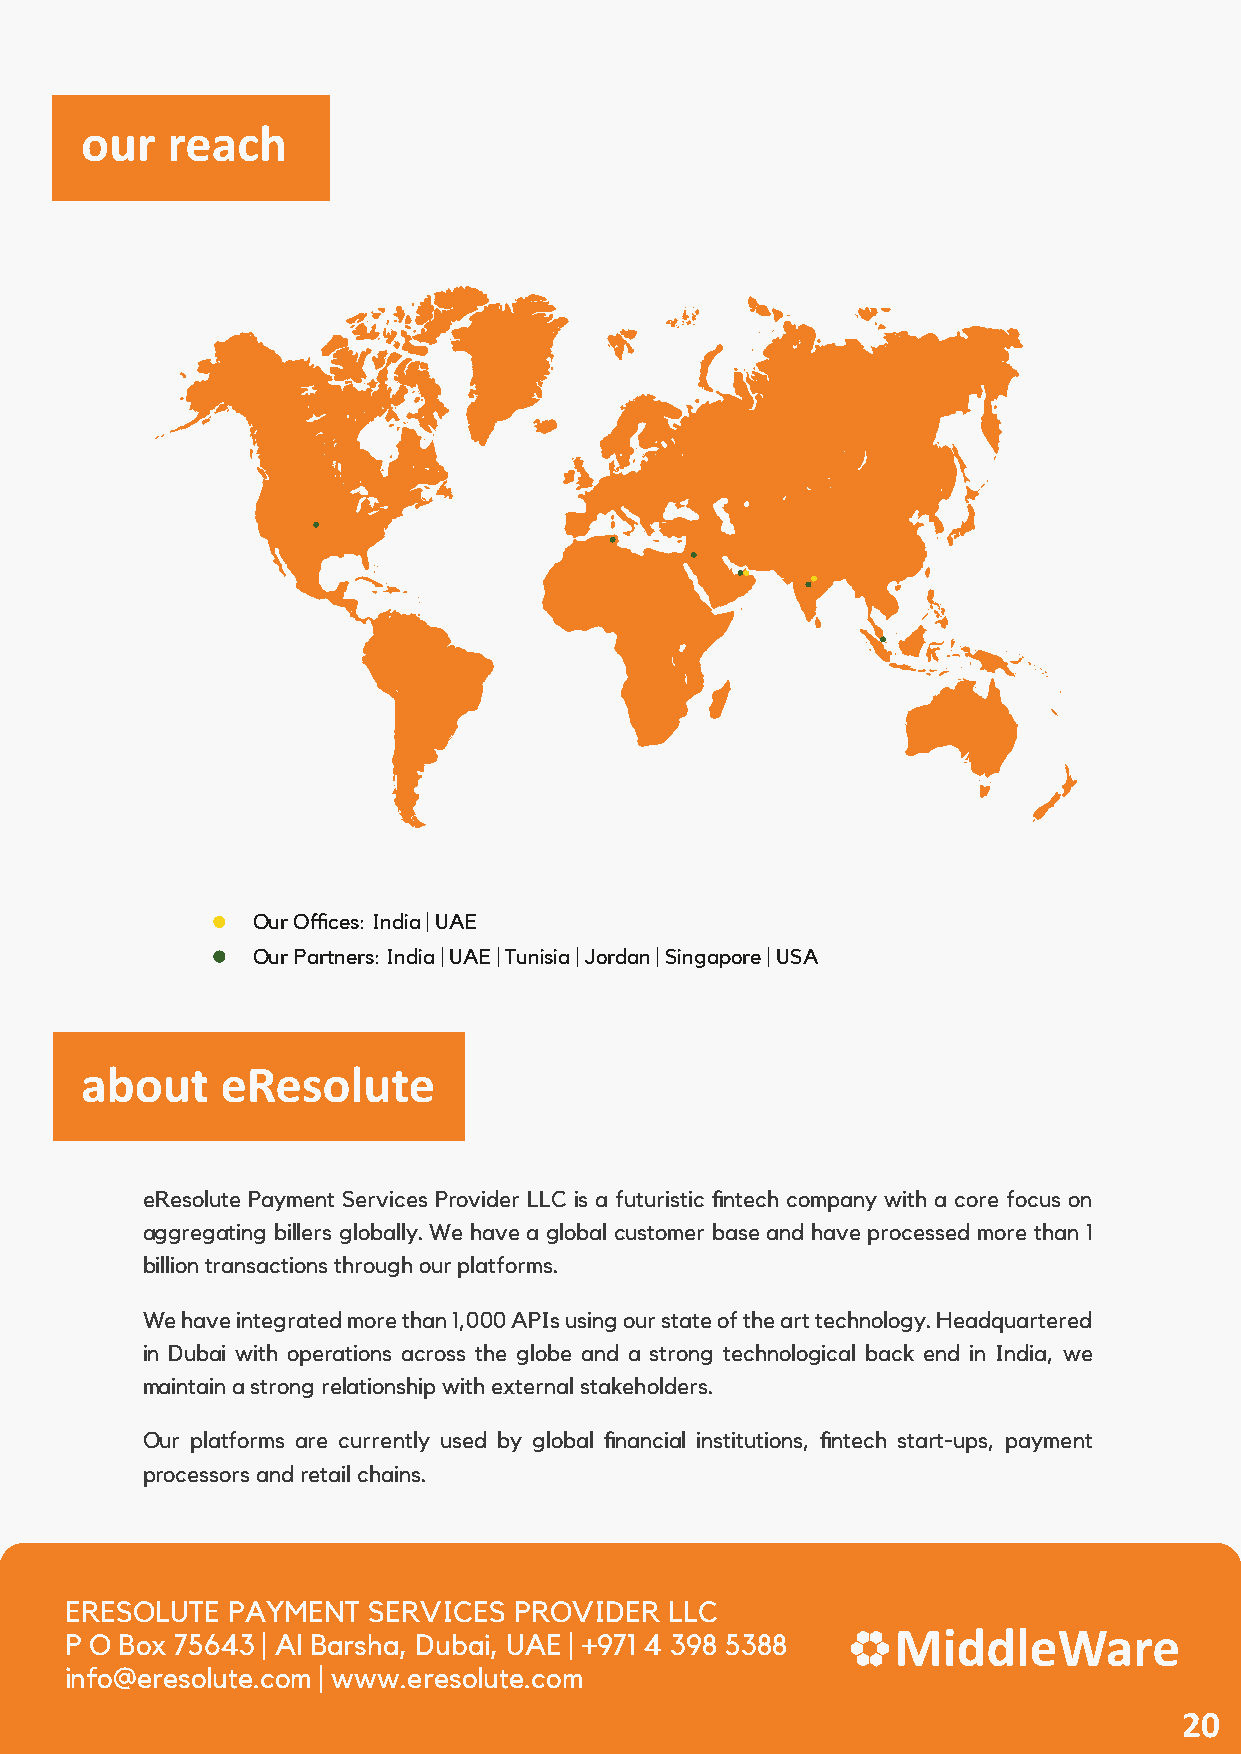
our   reach
 Our Offices: India | UAE
 Our Partners: India | UAE | Tunisia | Jordan | Singapore | USA
 about     eResolute
 eResolute Payment Services Provider LLC is a futuristic fintech company with a core focus on
 aggregating billers globally. We have a global customer base and have processed more than 1
 billion transactions through our platforms.
 We have integrated more than 1,000 APIs using our state of the art technology. Headquartered
 in Dubai with operations across the globe and a strong technological back end in India, we
 maintain a strong relationship with external stakeholders.
 Our platforms are currently used by global financial institutions, fintech start-ups, payment
 processors and retail chains.
 ERESOLUTE  PAYMENT  SERVICES  PROVIDER  LLC
 18
 P O Box 75643 | Al Barsha, Dubai, UAE | +971 4 398 5388
 info@eresolute.com | www.eresolute.com
 20